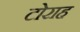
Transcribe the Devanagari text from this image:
टोराह